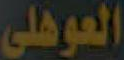
العوهلي